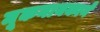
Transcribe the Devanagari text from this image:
मूकनायकाने